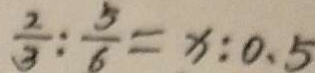
\frac { 2 } { 3 } : \frac { 5 } { 6 } = x : 0 . 5